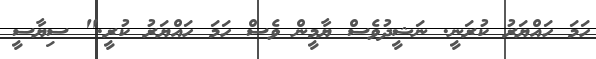
ހަމަ ހައްޔަރު ކުރަނީ. ނަޝީދުވެސް ޔާމީން ވެސް ހަމަ ހައްޔަރު ކުރީ." ސިޔާސީ